Note on the mental hospitals in Burma - 1925-1940
Year: 1925
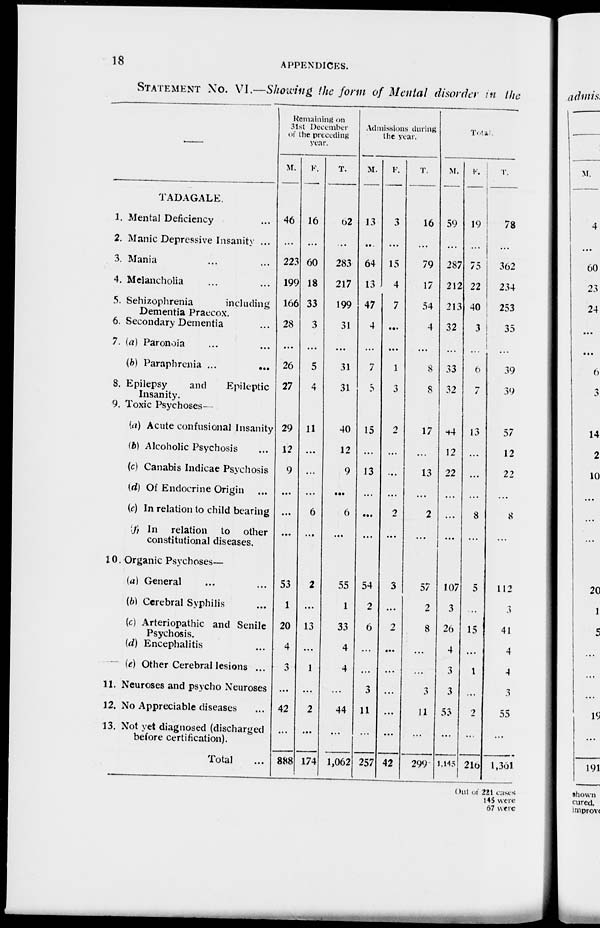
18
APPENDICES.
STATEMENT No. VI.—Showing the form of Mental disorder in the
—
TADAGALE.
1. Mental Deficiency ...
2. Manic Depressive Insanity ...
3. Mania ... ...
4. Melancholia ... ...
5. Schizophrenia
including
Dementia Praecox.
6. Secondary Dementia ...
7. (a) Paronoia ... ...
(b) Paraphrenia ...
...
8. Epilepsy
and
Epileptic
Insanity.
9. Toxic Psychoses—
(a) Acute confusional Insanity
(b) Alcoholic Psychosis ...
(c) Canabis Indicae Psychosis
(d) Of Endocrine Origin ...
(e) In relation to child bearing
(f ) In relation to other
constitutional diseases.
10. Organic Psychoses—
(a) General ... ...
(b) Cerebral Syphilis ...
(c) Arteriopathic and Senile
Psychosis.
(d) Encephalitis ...
(e) Other Cerebral lesions ...
11. Neuroses and psycho Neuroses
12. No Appreciable diseases ...
13. Not yet diagnosed (discharged
before certification).
Total ...
Remaining on
31st December
of the preceding
year.
M.
46
...
223
199
166
28
...
26
27
29
12
9
...
...
...
53
1
20
4
3
...
42
...
888
F.
16
...
60
18
33
3
...
5
4
11
...
...
...
6
...
2
...
13
...
1
...
2
...
174
T.
62
...
283
217
199
31
...
31
31
40
12
9
...
6
...
55
1
33
4
4
...
44
...
1,062
Admissions during
the year.
M.
13
...
64
13
47
4
...
7
5
15
...
13
...
...
...
54
2
6
...
...
3
11
...
257
F.
3
...
15
4
7
...
...
1
3
2
...
...
...
2
...
3
...
2
...
...
...
...
...
42
T.
16
...
79
17
54
4
...
8
8
17
...
13
...
2
...
57
2
8
...
...
3
11
...
299
Total.
M.
59
...
287
212
213
32
...
33
32
44
12
22
...
...
...
107
3
26
4
3
3
53
...
1,145
F.
19
...
75
22
40
3
...
6
7
13
...
...
...
8
...
5
...
15
...
1
...
2
...
216
T.
78
...
362
234
253
35
...
39
39
57
12
22
...
8
...
112
3
41
4
4
3
55
...
1,361
Out of 221 cases
145 were
67 were